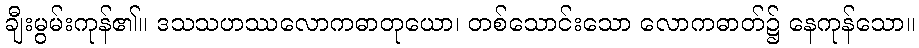
ချီးမွမ်းကုန်၏။ ဒသသဟဿလောကဓာတုယော၊ တစ်သောင်းသော လောကဓာတ်၌ နေကုန်သော။